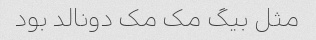
مثل بیگ مک مک دونالد بود